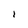
Character: l